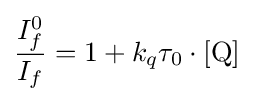
{\frac {I_{f}^{0}}{I_{f}}}=1+k_{q}\tau _{0}\cdot [\mathrm {Q} ]